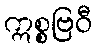
ဣစ္စဗြဝီ